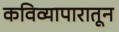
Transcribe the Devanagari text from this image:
कविव्यापारातून